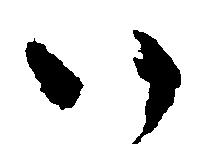
い